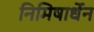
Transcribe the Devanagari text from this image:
निमिषार्धेन